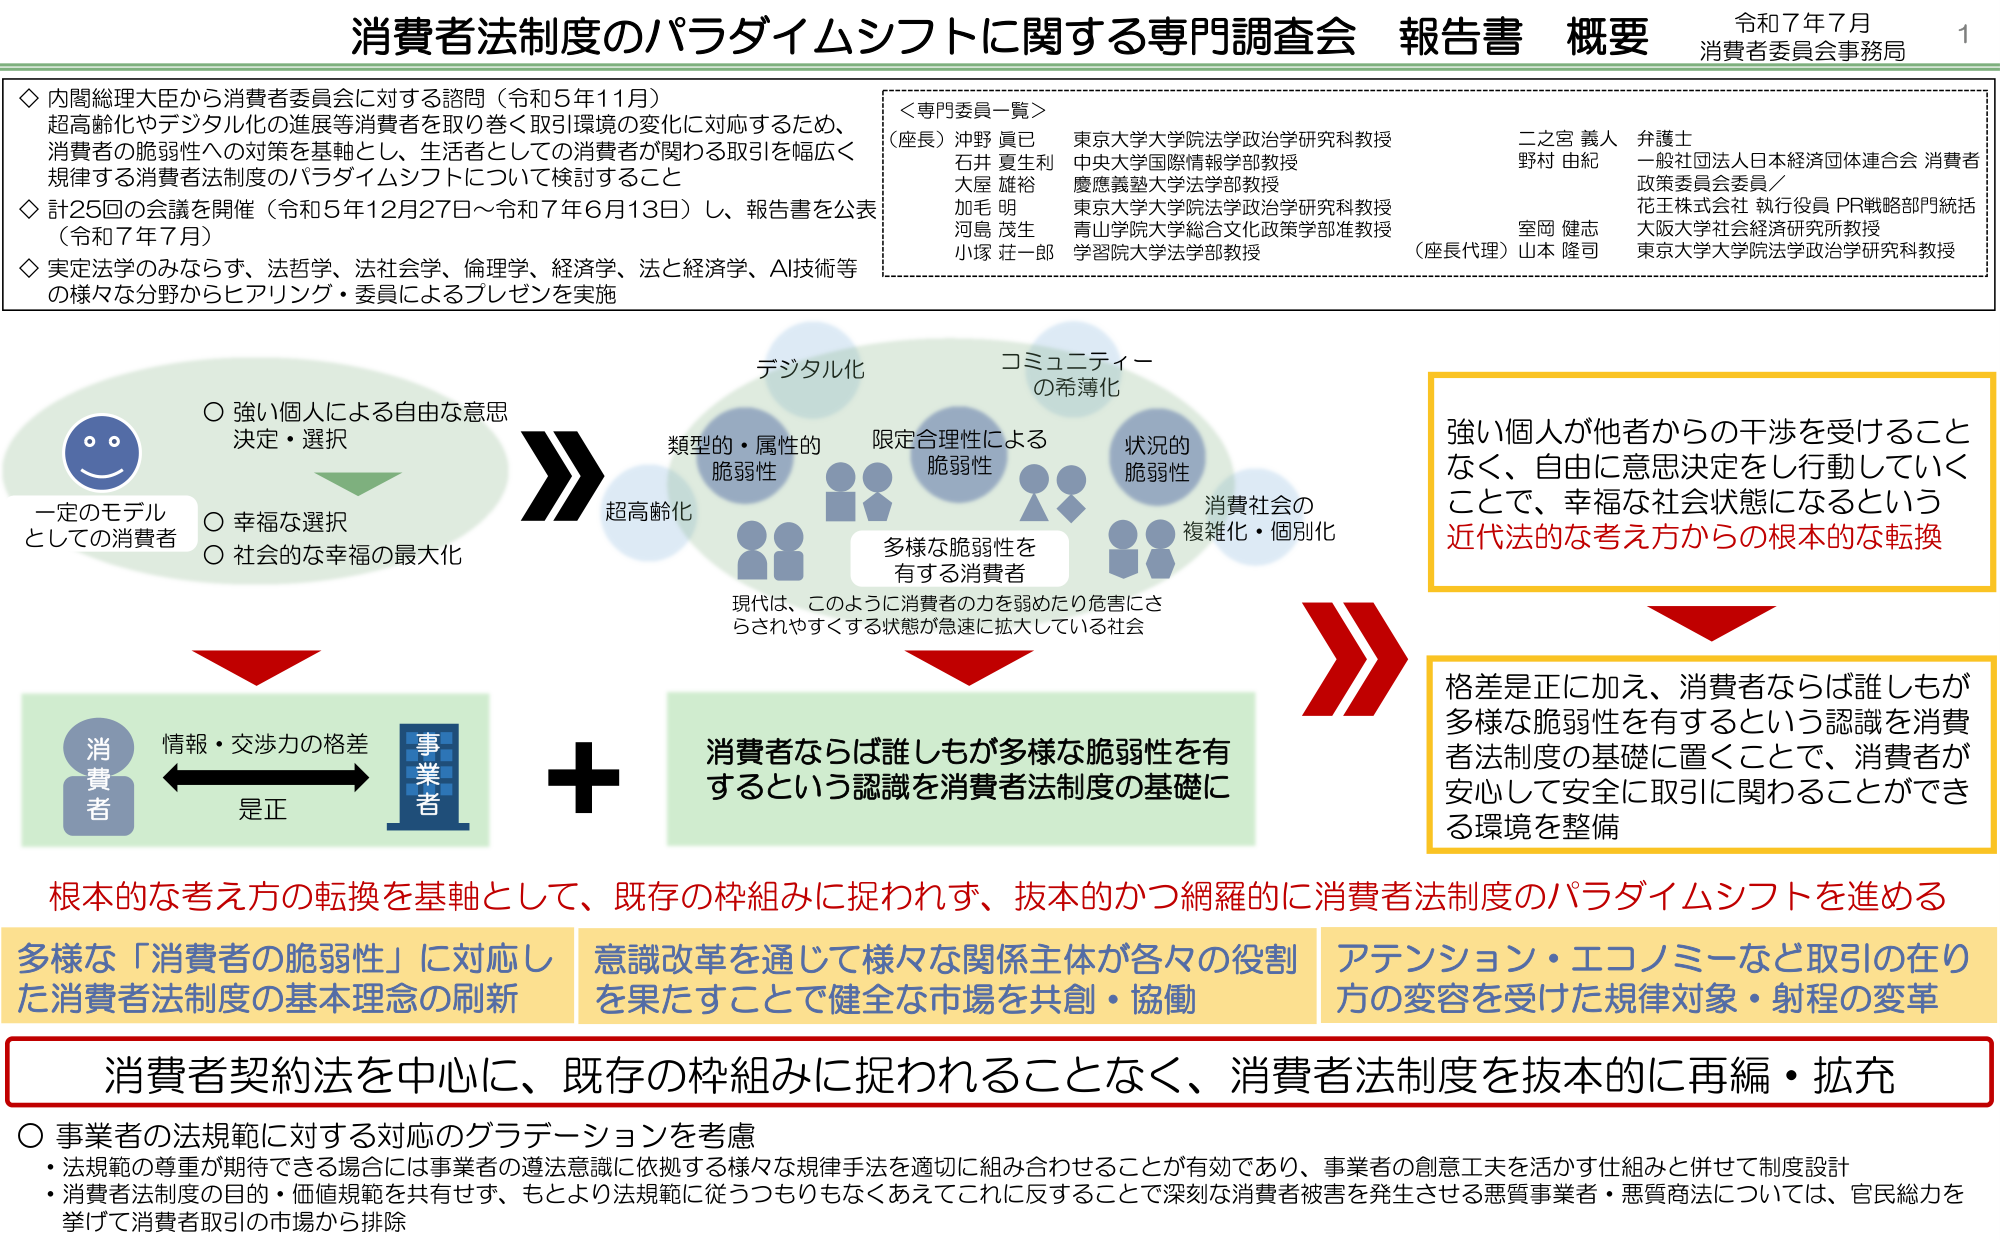
消費者法制度のパラダイムシフトに関する専門調査会 報告書 概要
令和７年７月
消費者委員会事務局

◇ 内閣総理大臣から消費者委員会に対する諮問（令和５年11月）
超高齢化やデジタル化の進展等消費者を取り巻く取引環境の変化に対応するため、
消費者の脆弱性への対策を基軸とし、生活者としての消費者が関わる取引を幅広く
規律する消費者法制度のパラダイムシフトについて検討すること

◇ 計25回の会議を開催（令和５年12月27日～令和７年６月13日）し、報告書を公表
（令和７年７月）

◇ 実定法学のみならず、法哲学、法社会学、倫理学、経済学、法と経済学、AI技術等
の様々な分野からヒアリング・委員によるプレゼンを実施

＜専門委員一覧＞
（座長）沖野 真巳 東京大学大学院法学政治学研究科教授
石井 夏生利 中央大学国際情報学部教授
大屋 雄裕 慶應義塾大学法学部教授
加毛 明 東京大学大学院法学政治学研究科教授
河島 茂生 青山学院大学総合文化政策学部准教授
小塚 荘一郎 学習院大学法学部教授

二之宮 義人 弁護士
野村 由紀 一般社団法人日本経済団体連合会 消費者
政策委員会委員／
花王株式会社 執行役員 PR戦略部門統括
室岡 健志 大阪大学社会経済研究所教授
（座長代理）山本 隆司 東京大学大学院法学政治学研究科教授

一定のモデル
としての消費者
○ 強い個人による自由な意思
決定・選択
○ 幸福な選択
○ 社会的な幸福の最大化

デジタル化
コミュニティー
の希薄化

超高齢化
類型的・属性的
脆弱性
限定合理性による
脆弱性
状況的
脆弱性
消費社会の
複雑化・個別化

多様な脆弱性を
有する消費者

現代は、このように消費者の力を弱めたり危害にさ
らされやすくなる状態が急速に拡大している社会

強い個人が他者からの干渉を受けること
なく、自由に意思決定をし行動していく
ことで、幸福な社会状態になるという
近代法的な考え方からの根本的な転換

消費者
事業者
情報・交渉力の格差
是正

＋

消費者ならば誰しもが多様な脆弱性を有
するという認識を消費者法制度の基礎に

格差は正に加え、消費者ならば誰しもが
多様な脆弱性を有するという認識を消費
者法制度の基礎に置くことで、消費者が
安心して安全に取引に関わることができ
る環境を整備

根本的な考え方の転換を基軸として、既存の枠組みに捉われず、抜本的かつ網羅的に消費者法制度のパラダイムシフトを進める

多様な「消費者の脆弱性」に対応し
た消費者法制度の基本理念の刷新
意識改革を通じて様々な関係主体が各々の役割
を果たすことで健全な市場を共創・協働
アテンション・エコノミーなど取引の在り
方の変容を受けた規律対象・射程の変革

消費者契約法を中心に、既存の枠組みに捉われることなく、消費者法制度を抜本的に再編・拡充

○ 事業者の法規範に対する対応のグラデーションを考慮
・法規範の尊重が期待できる場合には事業者の遵法意識に依拠する様々な規律手法を適切に組み合わせることが有効であり、事業者の創意工夫を活かす仕組みと併せて制度設計
・消費者法制度の目的・価値規範を共有せず、もとより法規範に従うつもりもなくなあえてこれに反することで深刻な消費者被害を発生させる悪質事業者・悪質商法については、官民総力を
挙げて消費者取引の市場から排除